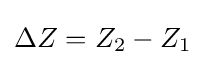
{\textstyle \Delta Z=Z_{2}-Z_{1}}